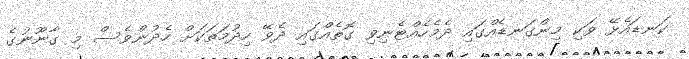
ކަނޑައެޅޭ ވަކި މިންގަނޑެއްގައި ދެމެހެއްޓެނިވި ގޮތެއްގައި ދެވޭ ހިދުމަތަކަށް ހެދުންވެސް މި ގާނޫނުގެ